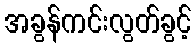
အခွန်ကင်းလွတ်ခွင့်